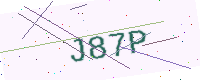
Text: J87P